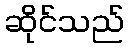
ဆိုင်သည်